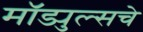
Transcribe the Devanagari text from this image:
मॉड्युल्सचे